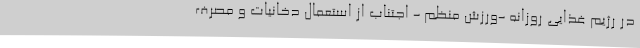
در رژیم غذایی روزانه -ورزش منظم - اجتناب از استعمال دخانیات و مصرف